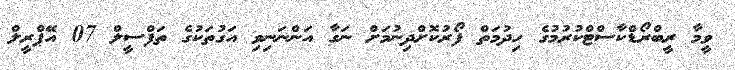
ވީމާ ރީބްރޯޑްކާސްޓްކުރުމުގެ ހިދުމަތް ފޯރުކޮށްދިނުމަށް ނަގާ އަންނަނިވި އަގުތަކުގެ ތަފްސީލް 07 އޭޕްރީލް